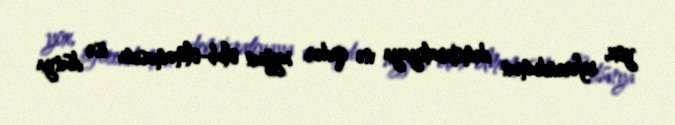
yox, referendumun demokratiyaya nə qədər uyğun olub-olmamasını isə dünya